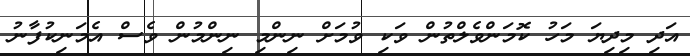
އަދި މިދިޔަ މަހު ކޮމަންވެލްތުން ވަކި ވުމަށް ނިންމި ނިންމުން ވެސް އެމަނިކުފާނު